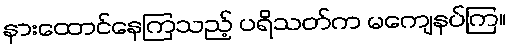
နားထောင်နေကြသည့် ပရိသတ်က မကျေနပ်ကြ။